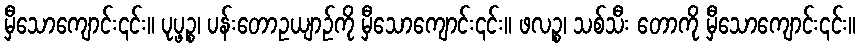
မှီသောကျောင်း၎င်း။ ပုပ္ဖဉ္စ၊ ပန်းတောဥယျာဉ်ကို မှီသောကျောင်း၎င်း။ ဖလဉ္စ၊ သစ်သီး တောကို မှီသောကျောင်း၎င်း။